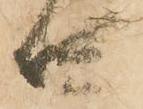
四